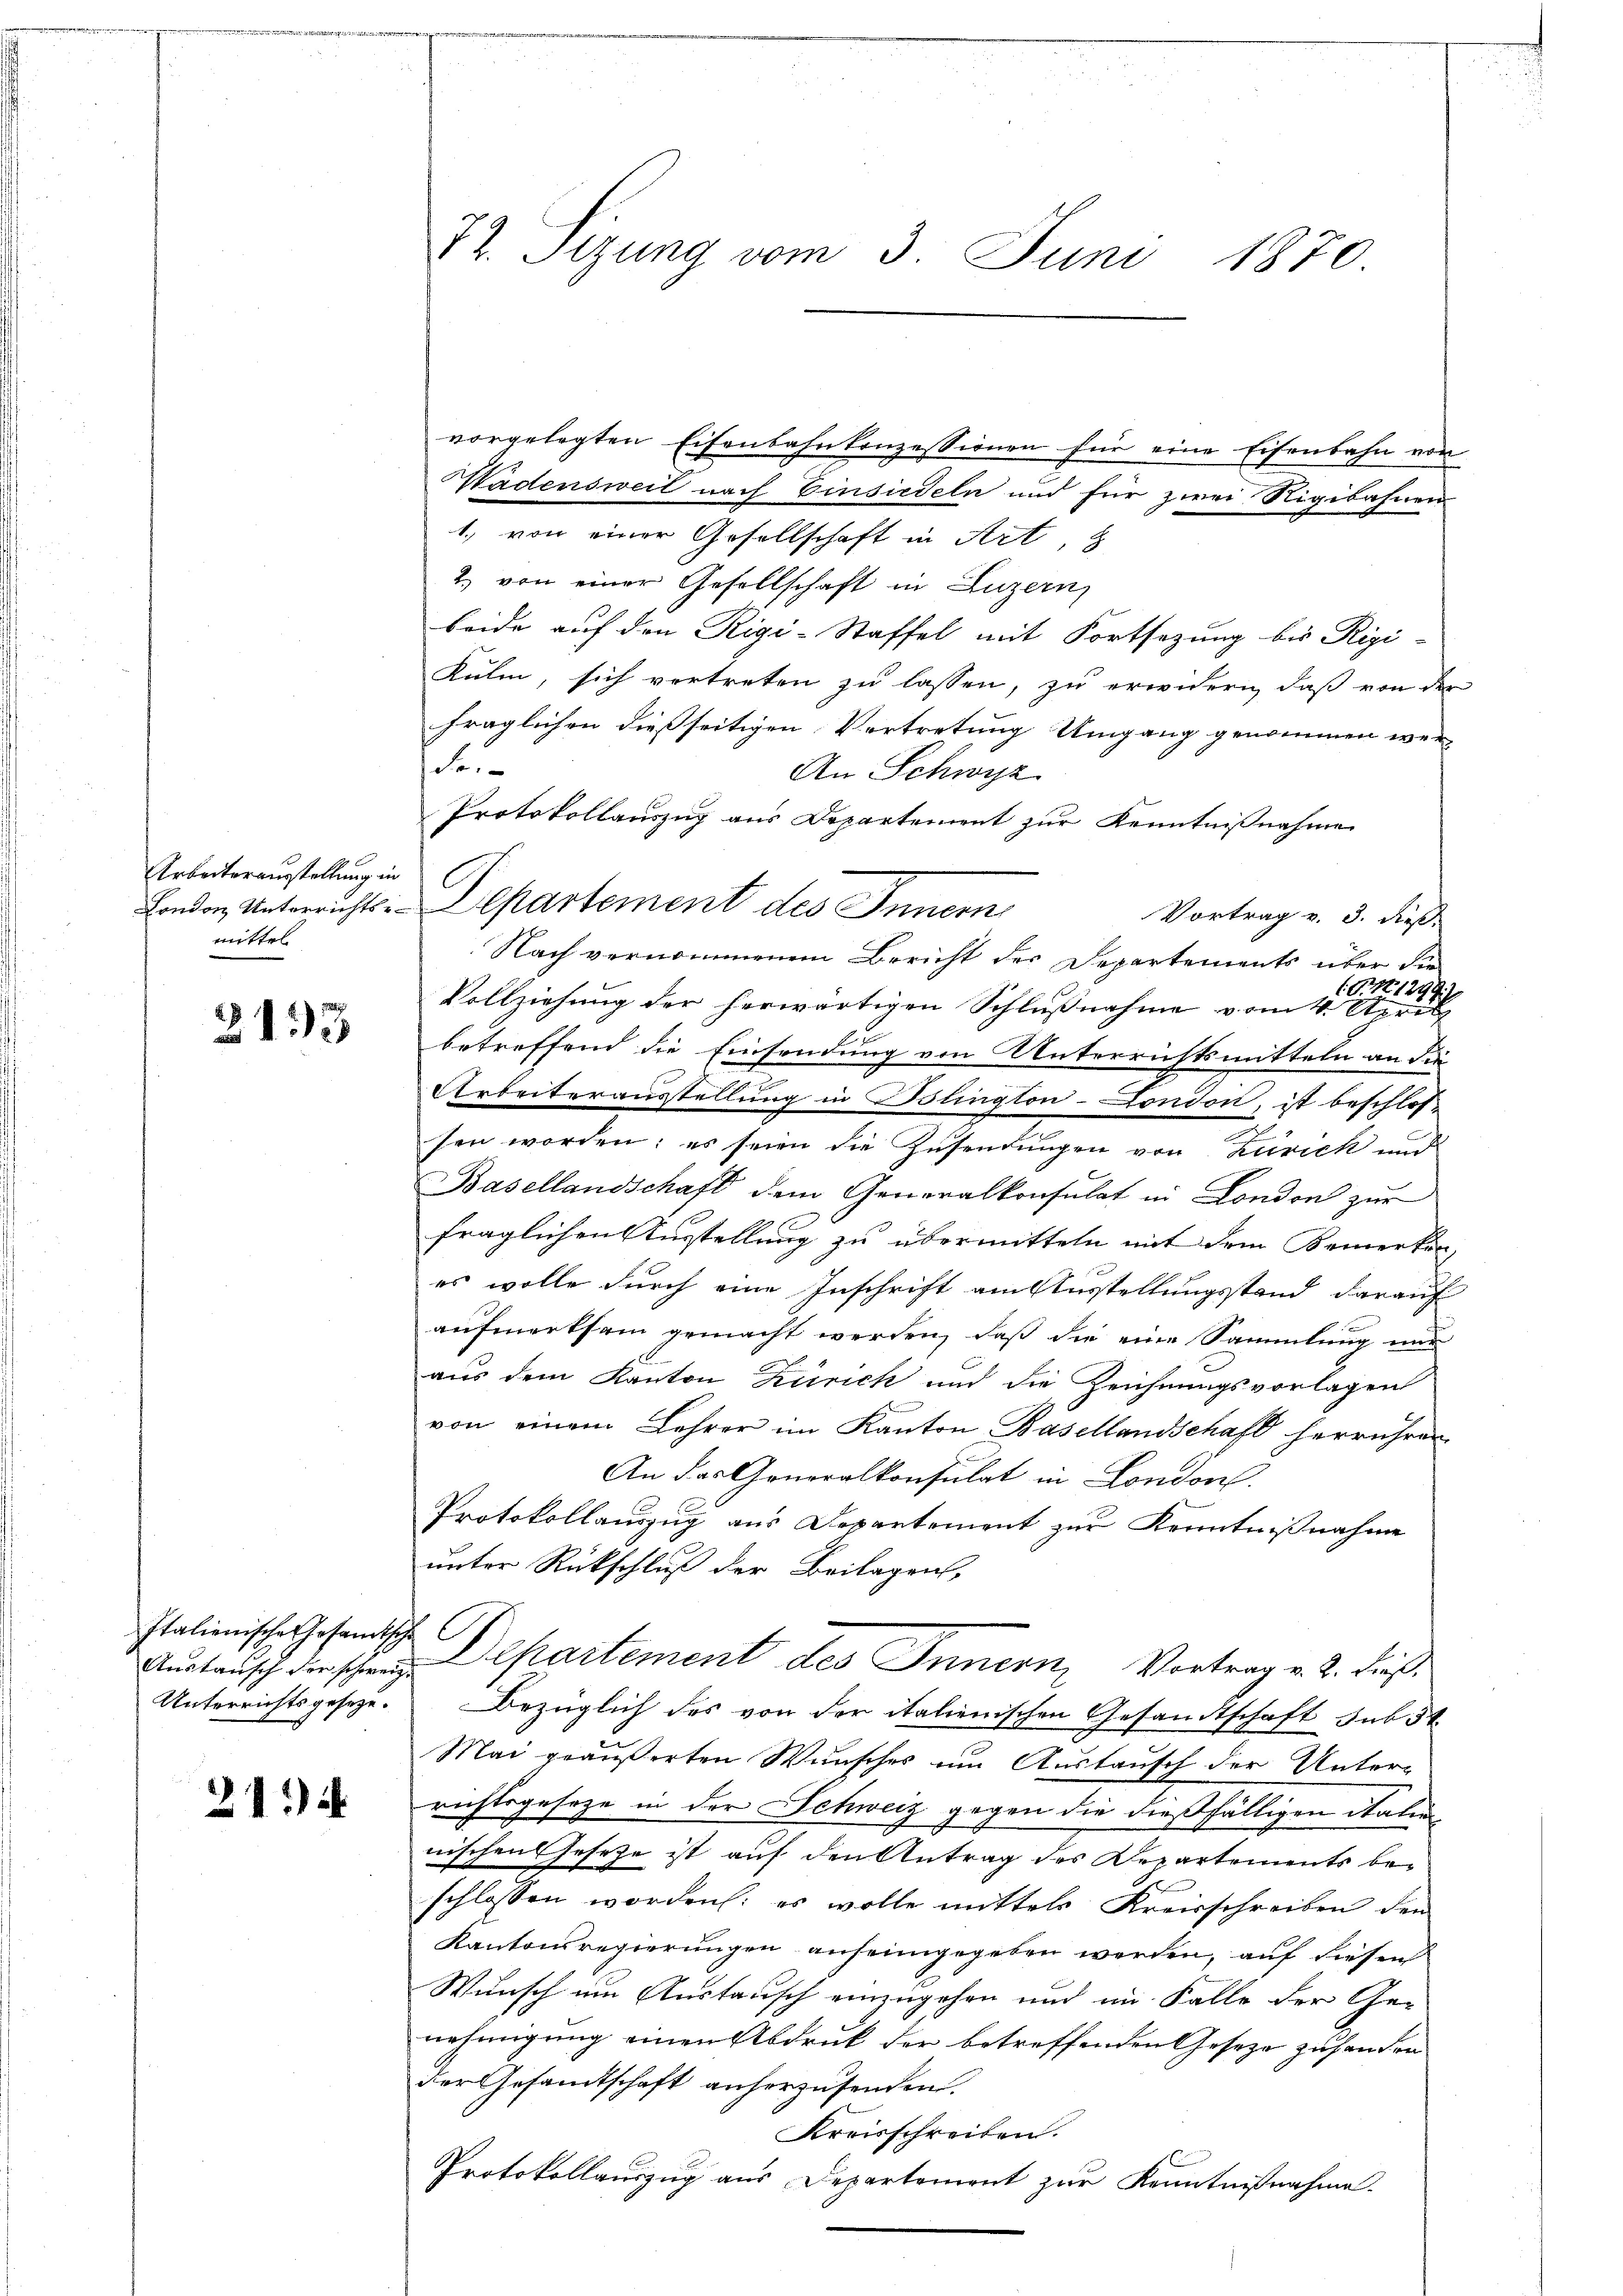
Arbeiterausstellung in
London Unterrichtsemittel

2193

Italienische Gesandtis
Austausch der schweiz.
Unterrichtsgeseze.

2114

72. Sizung vom 3. Juni 1870.

vorgelegten Eisenbahnkonzessionen für eine Eisenbahn von
Wädensweit nach Einsiedeln und für zwei Rigibahnen
1., von einer Gesellschaft in Art,
2. von einer Gesellschaft in Luzern,
beide auf den Rigi-Staffel mit Fortsezung bis Rigi-
Kulm, sich vertreten zu lassen, zu erwidern, daß von der
fraglichen dießseitigen Vortretung Umgang genommen wer¬
Se.
An Schwyz
Protokollauszug aus Departement zur Kenntnißnahme
Vortrag v. 3. dieß.
Nach vernommenem Bericht des Departements über die
(G.12129
Vollziehung der herwärtigen Schlŭβnahme vom 4. April
betreffend die Einsendung von Unterrichtsmitteln an die
Arbeiterausstellung in lington-London, ist beschlos¬
.
sen worden; es seien die Zusendungen von Zürick und
Basellandschaft dem Generalkonsulat in London zur
fraglichen Ausstellung zu übermitteln mit dem Bemerken.
es wolle durch eine Inschrift am Ausstellungsstand darauf
aufmerksam gemacht werden, daß die eine Sammlung nur
aus dem Kanton Zürich und die Zeichnungsvorlagen
von einem Lehrer im Kanton Basellandschaft herrühren
An das Gonoralkonsulat in London.
Protokollauszug aus Departement zur Kenntnißnahme
unter Rückschluß der Beilagen,

Departement des Innern, Vortrag v. 2. dieß
Bezüglich des von der italienischen Gesandtschaft sub 5t
Mai geäußerten Wunsches um Austausch der Unterrichtsgesetze in der Schweiz gegen die dießfälligen Statunnischen Gesetze ist auf den Antrag des Departements beschlossen worden: es wolle mittels Kreisschreiben den
Kantonsregierungen anfeingegeben werden, auf diesen
Wunsch um Austausch einzugehen und im Falle der Ge-
nehmigung einen Abdruck der betreffenden Geseze zufanden
der Gesandtschaft anherzusenden.
Kreisschreiben.
Protokollauszug aus Departement zur Kenntnißnahme.

C
Departement des Innern